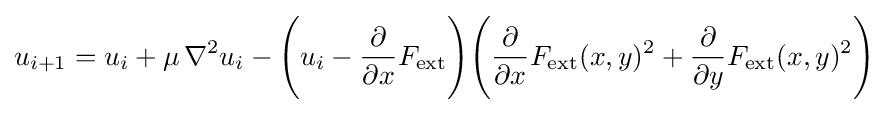
u_{i+1}=u_{i}+\mu \,\nabla ^{2}u_{i}-{\Bigg (}u_{i}-{\frac {\partial }{\partial x}}F_{\text{ext}}{\Bigg )}{\Bigg (}{\frac {\partial }{\partial x}}F_{\text{ext}}(x,y)^{2}+{\frac {\partial }{\partial y}}F_{\text{ext}}(x,y)^{2}{\Bigg )}